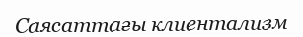
Саясаттағы клиентализм